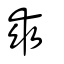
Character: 乖